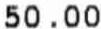
50.00